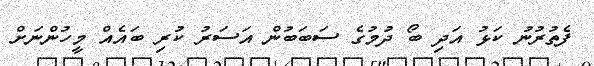
ފެތުރުނު ކަޅު އަދި ބޯ ދުމުގެ ސަބަބުން އަސަރު ކުރި ބައެއް މީހުންނަށް